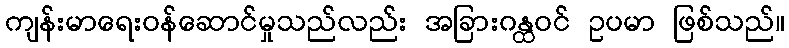
ကျန်းမာရေးဝန်ဆောင်မှုသည်လည်း အခြားဂန္ထဝင် ဥပမာ ဖြစ်သည်။